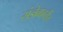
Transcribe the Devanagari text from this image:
संज्ञेबाबतीत